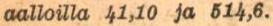
aalloilla 41,10 ja 514,6.